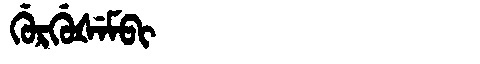
Manchu: ᡤᡠᡵᡤᡠᡧᡝᠮᠪᡳ
Romanization: GURGUŠEMBI